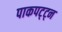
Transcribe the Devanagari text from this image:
पाकपट्ट्न